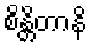
စိန္တိတာနိ